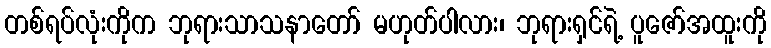
တစ်ရပ်လုံးကိုက ဘုရားသာသနာတော် မဟုတ်ပါလား၊ ဘုရားရှင်ရဲ့ ပူဇော်အထူးကို